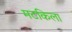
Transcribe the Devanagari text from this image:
मटकिला